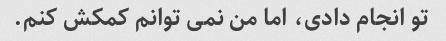
تو انجام دادی، اما من نمی توانم کمکش کنم.